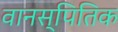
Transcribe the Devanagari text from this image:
वानस्पितिक